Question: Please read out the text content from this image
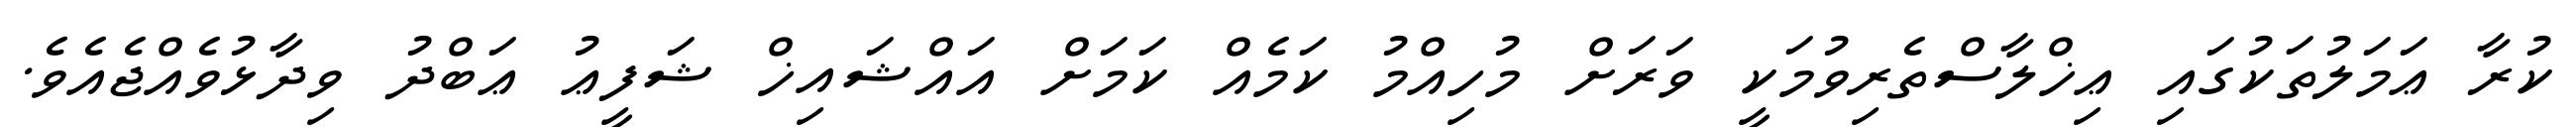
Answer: ކުރާ ޢަމަލުތަކުގައި ޢިޚްލާސްތެރިވުމަކީ ވަރަށް މުހިއްމު ކަމެއް ކަމަށް އައްޝައިޚް ޝަފީޢު ޢަބްދު ވިދާޅުވެއްޖެއެވެ.